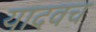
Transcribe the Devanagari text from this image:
यादवच